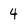
Character: 4